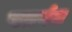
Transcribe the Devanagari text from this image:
पतवंत